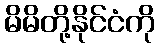
မိမိတို့နိုင်ငံကို